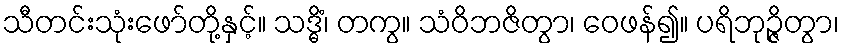
သီတင်းသုံးဖော်တို့နှင့်။ သဒ္ဓိံ၊ တကွ။ သံဝိဘဇိတွာ၊ ဝေဖန်၍။ ပရိဘုဉ္ဇိတွာ၊